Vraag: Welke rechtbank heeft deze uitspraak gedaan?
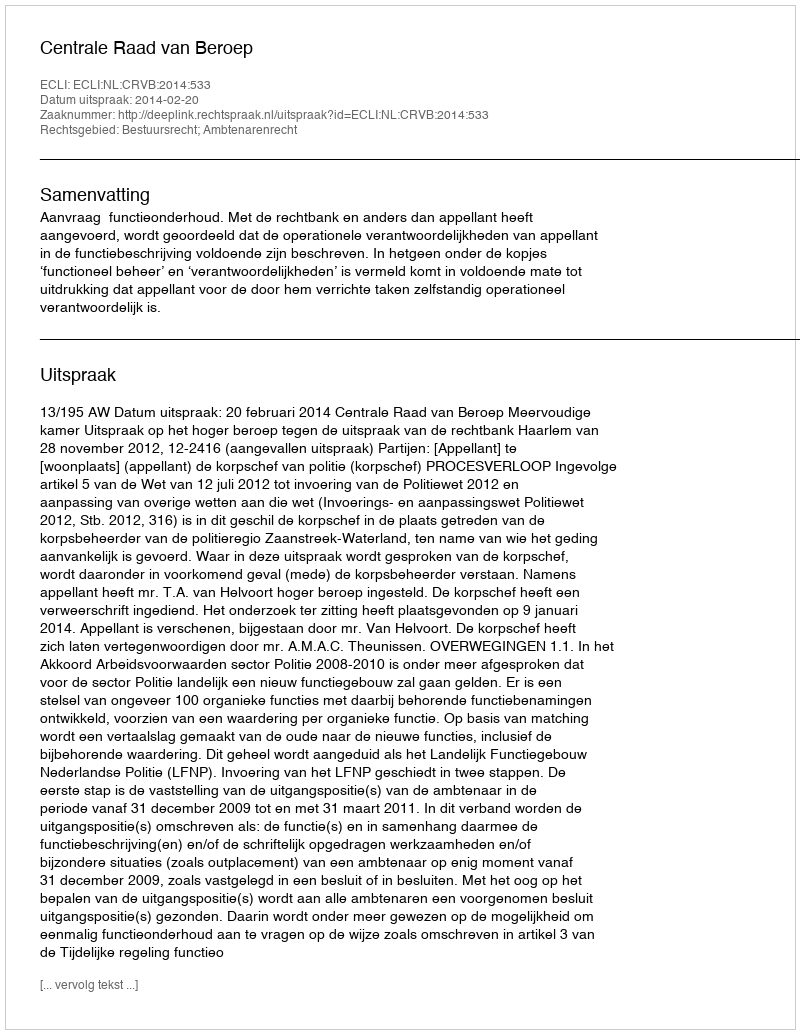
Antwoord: Centrale Raad van Beroep